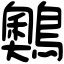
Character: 䴈